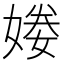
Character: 𡟒